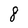
Character: 8